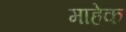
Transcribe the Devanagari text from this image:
माहेक